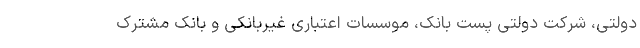
دولتی، شرکت دولتی پست بانک، موسسات اعتباری غیربانکی و بانک مشترک